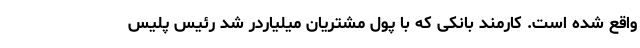
واقع شده است. کارمند بانکی که با پول مشتریان میلیاردر شد رئیس پلیس